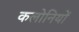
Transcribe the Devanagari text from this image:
कलोनियों